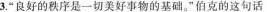
3.”良好的秩序是一切美好事物的基础。”伯克的这句话